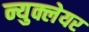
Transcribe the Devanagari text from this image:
न्युक्लेयर